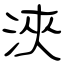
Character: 浹